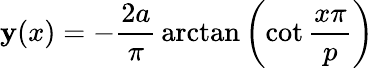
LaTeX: \mathbf{y}(x)=-{\frac{{2a}}{{\pi}}}\arctan{\left(\cot{\frac{{x\pi}}{{p}}}\right)}